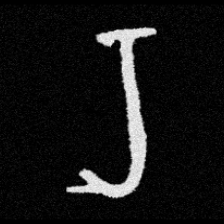
Pyu character \u2014 Myanmar letter: ရ (romanized: ra)